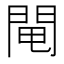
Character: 𨴄